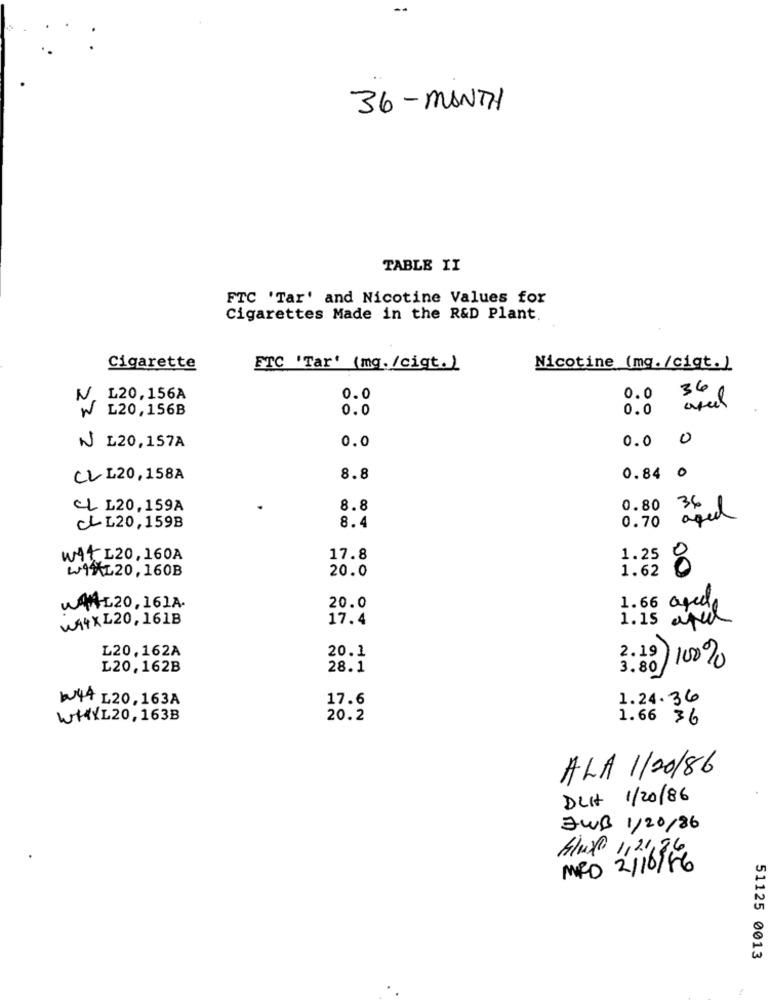
36-MONTH
TABLE II
FTC 'Tar' and Nicotine Values for
Cigarettes Made in the R&D Plant.
Cigarette
ETC 'Tar' (mq. /cigt.)
Nicotine (mq. /ciqt. )
N
L20,156A
0.0
0.0
36 6
L20,156B
0.0
0.0
0.0
0.0 0
N L20, 157A
CL L20, 158A
8.8
0.84 0
CL L20, 159A
8.8
0.80
8.4
34l
CLL20, 159B
0.70
WAT L20, 160A
17.8
1.25
WAHL20, 160B
20.0
1.62
8
WAHL20, 16LA.
20.0
WA4XL20, 161B
17.4
1.66 agede
1.15
L20,162A
20.1
2.19 100%
L20,162B
28.1
3.80
W44 L20, 163A
17.6
1.24.36
WHYL20, 163B
20.2
1.66 36
ALA 1/20/86
DUIt 1/20/86
FWB 1/20/86
MRD 2/16/86
51125 0013